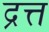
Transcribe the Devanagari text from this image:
द्रत्त